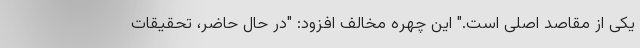
یکی از مقاصد اصلی است." این چهره مخالف افزود: "در حال حاضر، تحقیقات